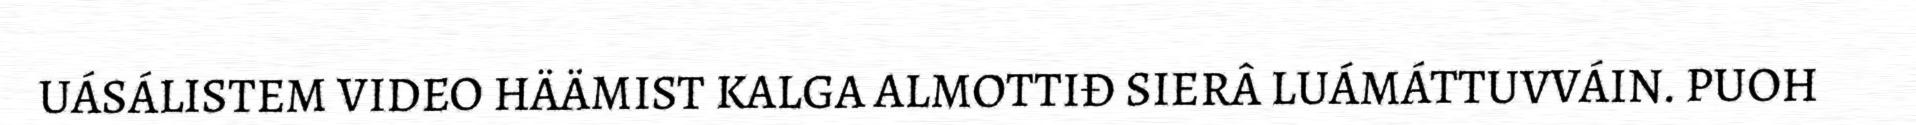
UÁSÁLISTEM VIDEO HÄÄMIST KALGA ALMOTTIĐ SIERÂ LUÁMÁTTUVVÁIN. PUOH